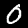
Digit: 0